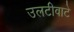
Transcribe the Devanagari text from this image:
उलटीवाटे